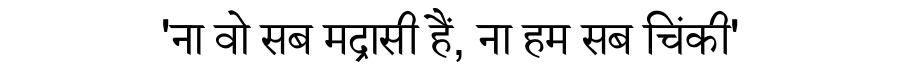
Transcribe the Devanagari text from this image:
'ना वो सब मद्रासी हैं, ना हम सब चिंकी'